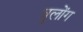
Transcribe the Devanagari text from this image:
वुलोंग